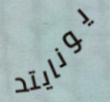
يونايتد